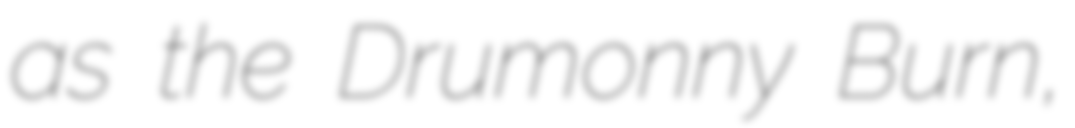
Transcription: as the Drumonny Burn,